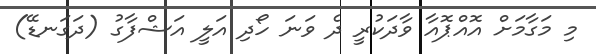
މި މަގާމަށް އޮއްޕޮއާ ވާދަކުރީ ދެ ވަނަ ހޯދި އަލީ އަޝްފާގު (ދަގަނޑޭ)